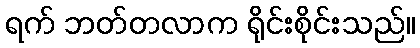
ရက် ဘတ်တလာက ရိုင်းစိုင်းသည်။